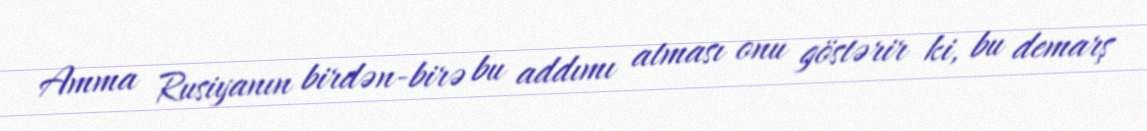
Amma Rusiyanın birdən-birə bu addımı atması onu göstərir ki, bu demarş